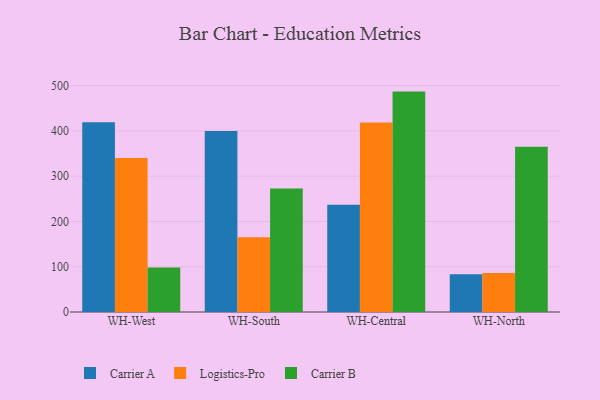
{"axis": {"x": "Warehouse", "y": "Shipments"}, "legend": ["Carrier A", "Carrier B", "Logistics-Pro"], "data": [{"x": "WH-West", "y": 419.1, "type": "Carrier A"}, {"x": "WH-West", "y": 340.3, "type": "Logistics-Pro"}, {"x": "WH-West", "y": 98.3, "type": "Carrier B"}, {"x": "WH-South", "y": 399.6, "type": "Carrier A"}, {"x": "WH-South", "y": 165.2, "type": "Logistics-Pro"}, {"x": "WH-South", "y": 273.0, "type": "Carrier B"}, {"x": "WH-Central", "y": 237.1, "type": "Carrier A"}, {"x": "WH-Central", "y": 418.8, "type": "Logistics-Pro"}, {"x": "WH-Central", "y": 486.8, "type": "Carrier B"}, {"x": "WH-North", "y": 83.3, "type": "Carrier A"}, {"x": "WH-North", "y": 86.0, "type": "Logistics-Pro"}, {"x": "WH-North", "y": 365.0, "type": "Carrier B"}]}